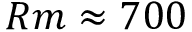
R m \approx 7 0 0